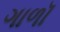
ગાળૉ